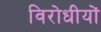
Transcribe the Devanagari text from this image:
विरोधीयों